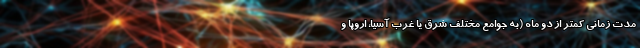
مدت زمانی کمتر از دو ماه (به جوامع مختلف شرق یا غرب آسیا، اروپا و